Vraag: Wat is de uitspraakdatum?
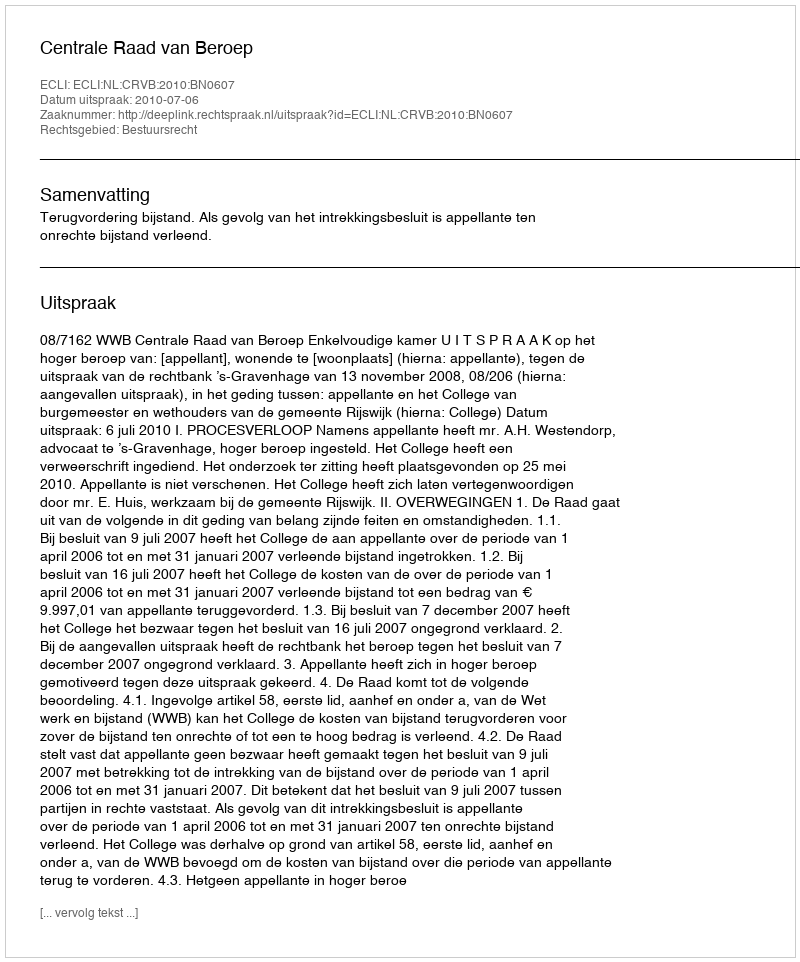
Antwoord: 2010-07-06